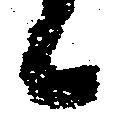
々